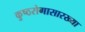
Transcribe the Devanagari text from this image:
कुष्ठरोगासारख्या